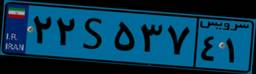
۲۲S۵۳۷۴۱